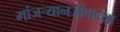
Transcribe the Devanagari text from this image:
मांजर्‍यानजीकच्या